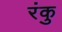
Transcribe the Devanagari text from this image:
रंकु